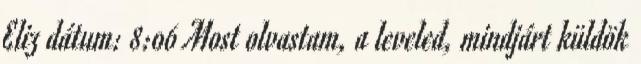
Eliz dátum: 8:06 Most olvastam, a leveled, mindjárt küldök